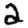
Digit: 2